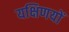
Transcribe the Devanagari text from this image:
यक्षिणयों